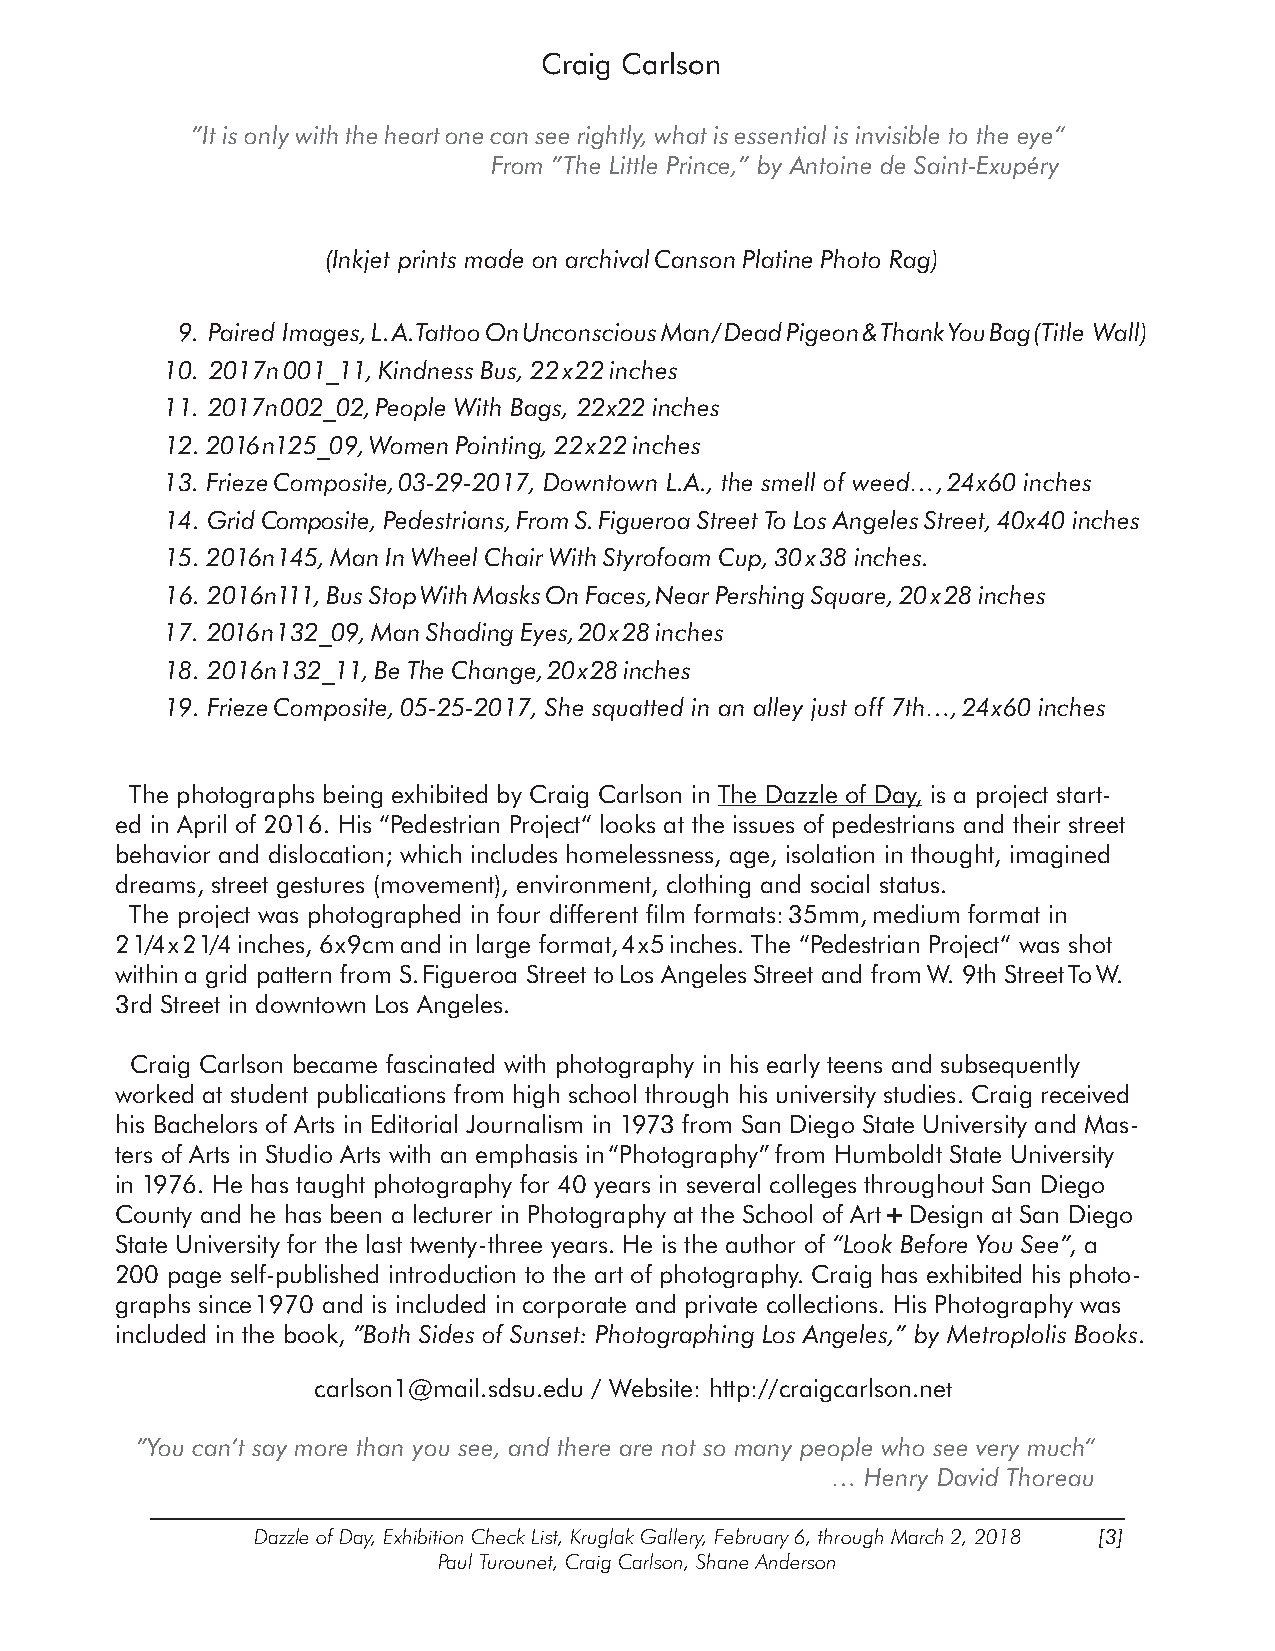
Craig Carlson
 ”It is only with the heart one can see rightly, what is essential is invisible to the eye“
 From ”The Little Prince,” by Antoine de Saint-Exupéry
 (Inkjet prints made on archival Canson Platine Photo Rag)
 9. Paired Images, L.A. Tattoo On Unconscious Man / Dead Pigeon & Thank You Bag (Title Wall)
 10. 2017n001_11, Kindness Bus, 22x22 inches
 11. 2017n002_02, People With Bags, 22x22 inches
 12. 2016n125_09, Women Pointing, 22x22 inches
 13. Frieze Composite, 03-29-2017, Downtown L.A., the smell of weed…, 24x60 inches
 14. Grid Composite, Pedestrians, From S. Figueroa Street To Los Angeles Street, 40x40 inches
 15. 2016n145, Man In Wheel Chair With Styrofoam Cup, 30x38 inches.
 16. 2016n111, Bus Stop With Masks On Faces, Near Pershing Square, 20x28 inches
 17. 2016n132_09, Man Shading Eyes, 20x28 inches
 18. 2016n132_11, Be The Change, 20x28 inches
 19. Frieze Composite, 05-25-2017, She squatted in an alley just off 7th…, 24x60 inches
 The photographs being exhibited by Craig Carlson in The Dazzle of Day, is a project start-
 ed in April of 2016. His “Pedestrian Project“ looks at the issues of pedestrians and their street
 behavior and dislocation; which includes homelessness, age, isolation in thought, imagined
 dreams, street gestures (movement), environment, clothing and social status.
 The project was photographed in four different film formats:35mm, medium format in
 21/4x21/4 inches, 6x9cm and in large format,4x5 inches. The “Pedestrian Project“ was shot
 within a grid pattern from S. Figueroa Street to Los Angeles Street and from W. 9th Street To W.
 3rd Street in downtown Los Angeles.
 Craig Carlson became fascinated with photography in his early teens and subsequently
 worked at student publications from high school through his university studies. Craig received
 his Bachelors of Arts in Editorial Journalism in 1973 from San Diego State University and Mas-
 ters of Arts in Studio Arts with an emphasis in “Photography” from Humboldt State University
 in 1976. He has taught photography for 40 years in several colleges throughout San Diego
 County and he has been a lecturer in Photography at the School of Art + Design at San Diego
 State University for the last twenty-three years. He is the author of “Look Before You See”, a
 200 page self-published introduction to the art of photography. Craig has exhibited his photo-
 graphs since 1970 and is included in corporate and private collections. His Photography was
 included in the book, ”Both Sides of Sunset: Photographing Los Angeles,” by Metroplolis Books.
 carlson1@mail.sdsu.edu / Website: http://craigcarlson.net
 ”You can’t say more than you see, and there are not so many people who see very much“
 … Henry David Thoreau
 Dazzle of Day, Exhibition Check List, Kruglak Gallery, February 6, through March 2, 2018 [3]
 Paul Turounet, Craig Carlson, Shane Anderson